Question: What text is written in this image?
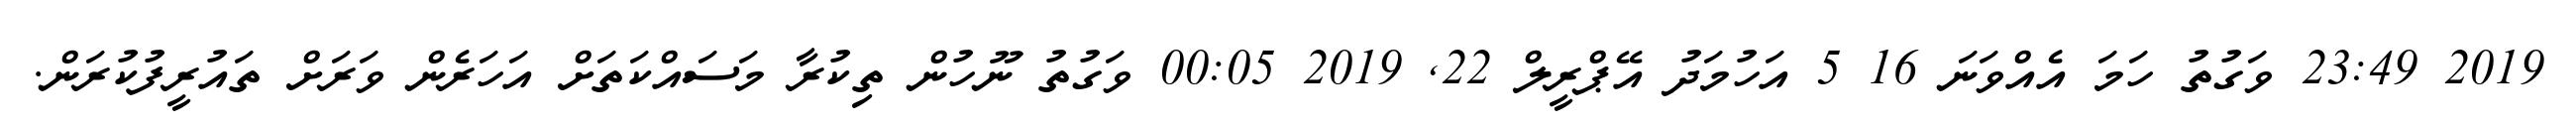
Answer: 2019 23:49 ވަގުތު ހަމަ އެއްވަނަ 16 5 އަހުމަދު އޭޕްރީލް 22, 2019 00:05 ވަގުތު ނޫހުން ތިކުރާ މަސައްކަތަށް އަހަރެން ވަރަށް ތައުރީފުކުރަން.